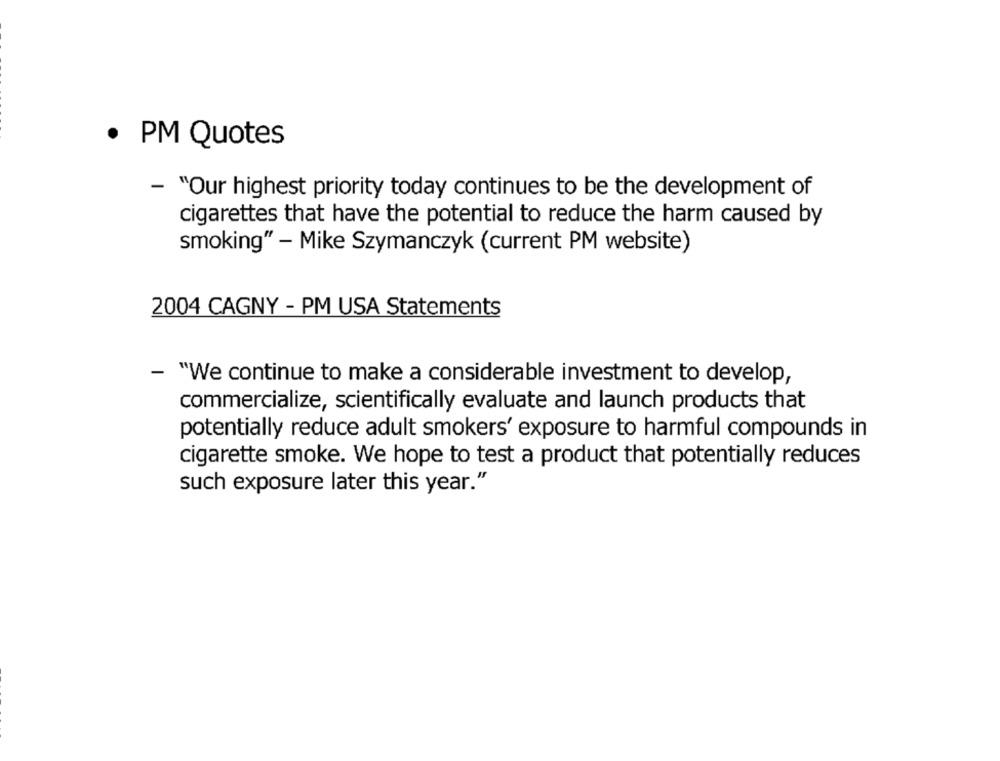
.
PM Quotes
- "Our highest priority today continues to be the development of
cigarettes that have the potential to reduce the harm caused by
smoking" - Mike Szymanczyk (current PM website)
2004 CAGNY - PM USA Statements
- "We continue to make a considerable investment to develop,
commercialize, scientifically evaluate and launch products that
potentially reduce adult smokers' exposure to harmful compounds in
cigarette smoke. We hope to test a product that potentially reduces
such exposure later this year."